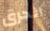
الحرق